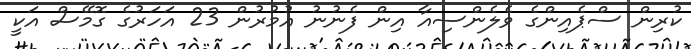
ކުރިން ސްޕެއިންގެ ވެލެންސިއާ އިން ފެނުނު އުމުރުން 23 އަހަރުގެ ގޮމޭސް އަކީ